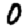
Digit: 0